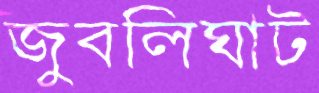
জুবলিঘাট